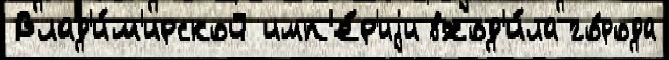
Влад'и́м'ирской имп'е́р'иjи вход'и́ла го́рода